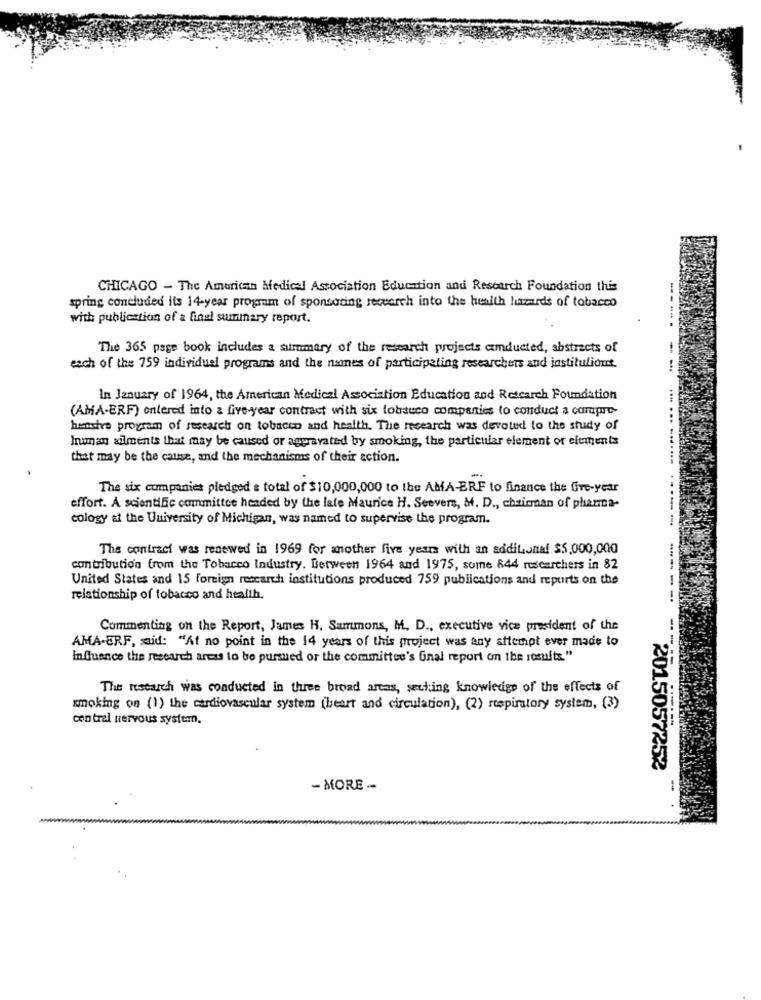
CHICAGO - The American Medical Association Education and Research Foundation this
spring concluded its 14-year program of sponsoring research into the health hazards of tobacco
with publication of a final summary report.
The 365 page book includes a summary of the research projects axmducted, abstracts of
each of the 759 individuel programs and the names of participating researchers and jastituliont.
-----
In January of 1964, the American Medical Association Education and Retcarch Foundation
(AMA-ERF) entered into a five-year contract with six tobacco companies to conduct a carpre-
hensive program of research on tobacco and health. The research was devoted to the study of
human ailments that may be caused or aggravated by smoking, the particular element or elements
that may be the cause, and the mechanisms of their action.
The six companies pledged & total of $10,000,000 to the AMA-ERF to finance the five-year
effort. A scientific committee headed by the late Maurice H. Seevers, M. D ., chairman of phanta-
cology at the University of Michigan, was named to supervise the program.
.... ... .........----.
The contract was renewed in 1969 for another five years with an additional $5,000,000
contribution from the Tobacco Industry. Between 1964 and 1975, some 844 researchers in 82
United States and 15 foreign research institutions produced 759 publications and reports on the
relationship of tobacco and health.
-----
Commenting on the Report, James H. Summons, M. D ., executive vice president of the
AMA-ERF, said: "At no point in the 14 years of this project was any attempt ever made to
influence the research arcas to be pursued or the committee's final report on the results."
The research was conducted in three broad areas, setting knowledge of the effects of
smoking on (1) the cardiovascular system (heart and circulation), (2) respiratory system, (3)
central nervous system.
2057252
- MORE ..
-